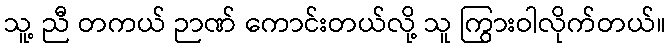
သူ့ ညီ တကယ် ဉာဏ် ကောင်းတယ်လို့ သူ ကြွားဝါလိုက်တယ်။